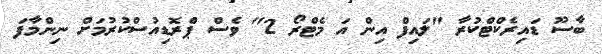
ބާސޫ ޑައިރެކްޓްކުރާ "ލައިފް އިން އަ މެޓްރޯ 2" ވެސް ޕްރޮޑިއުސްކުރުމަށް ނިންމާފަ